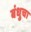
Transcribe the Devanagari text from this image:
बंधुचा